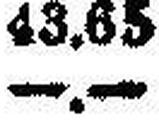
—.—